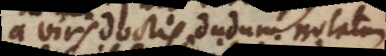
a viris doctis dudum notatum